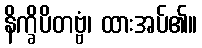
နိက္ခိပိတဗ္ဗံ၊ ထားအပ်၏။